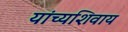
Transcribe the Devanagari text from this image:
यांच्यशिवाय